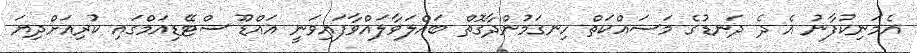
އެމަނިކުފާނު އެ ދެ ދަނޑުގެ މަސައްކަތް ހިނގަމުންދާގޮތް ބައްލަވާލައްވާފައިވަނީ އައްޑޫ ސްޓޭޑިއަމްގައި ކުރިއަށްދިޔަ